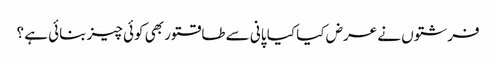
فرشتوں نے عرض کیا کیا پانی سے طاقتور بھی کوئی چیز بنائی ہے ؟